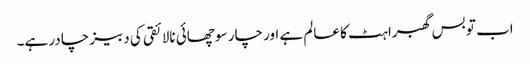
اب تو بس گھبراہٹ کا عالم ہے اور چار سو چھائی نالائقی کی دبیز چادر ہے۔